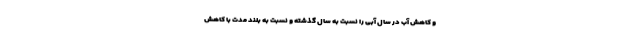
و کاهش آب در سال آبی را نسبت به سال گذشته و نسبت به بلند مدت با کاهش